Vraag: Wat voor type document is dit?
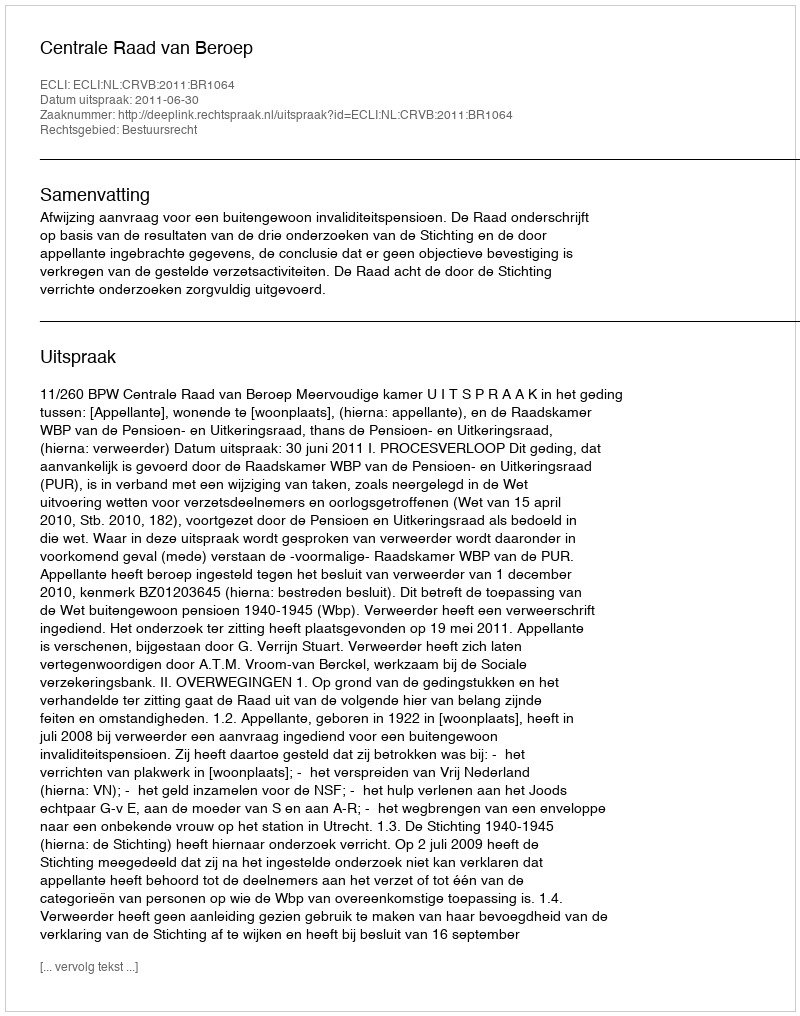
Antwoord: Uitspraak